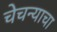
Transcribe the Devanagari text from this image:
चेचन्याचा